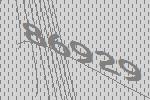
86929